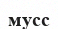
мусс